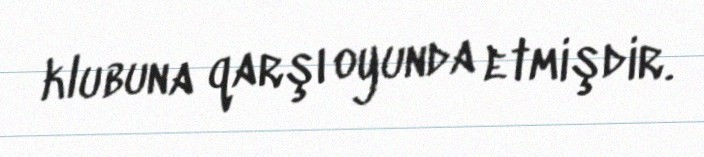
klubuna qarşı oyunda etmişdir.